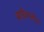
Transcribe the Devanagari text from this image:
बाईवालेंट